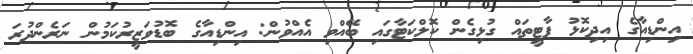
އިންޑިއާގެ އިދިކޮޅު ޕާޓީތައް ގުޅިގެން ކޮލްކަޓާގައި ބޭއްވި އެއްވުން: އިންޑިއާގެ ބޮޑުވަޒީރުކަމުން ނަރެންދުރަ